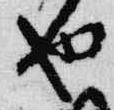
也